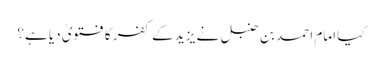
کیا امام احمد بن حنبل نے یزید کے کفر کا فتویٰ دیا ہے؟